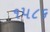
૧૫૮૬